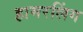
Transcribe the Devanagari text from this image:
हामरलिंग